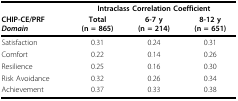
<table><thead><tr><td></td><td colspan="3"><b>Intraclass Correlation Coefficient</b></td></tr><tr><td><b>CHIP-CE/PRF<i>Domain</i></b></td><td><b>Total(n = 865)</b></td><td><b>6-7 y(n = 214)</b></td><td><b>8-12 y(n = 651)</b></td></tr></thead><tbody><tr><td>Satisfaction</td><td>0.31</td><td>0.24</td><td>0.31</td></tr><tr><td>Comfort</td><td>0.22</td><td>0.14</td><td>0.26</td></tr><tr><td>Resilience</td><td>0.25</td><td>0.16</td><td>0.30</td></tr><tr><td>Risk Avoidance</td><td>0.32</td><td>0.26</td><td>0.34</td></tr><tr><td>Achievement</td><td>0.37</td><td>0.33</td><td>0.38</td></tr></tbody></table>